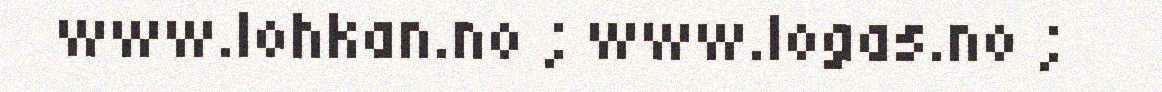
www.lohkan.no ; www.logas.no ;